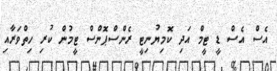
އެސް އެސް ޑީ ޓީމް އަދި ކޮމިޔުނިޓީ ރެންސްޕޮންސް ޓީމުން ކުރި ހިތްވަރާއި